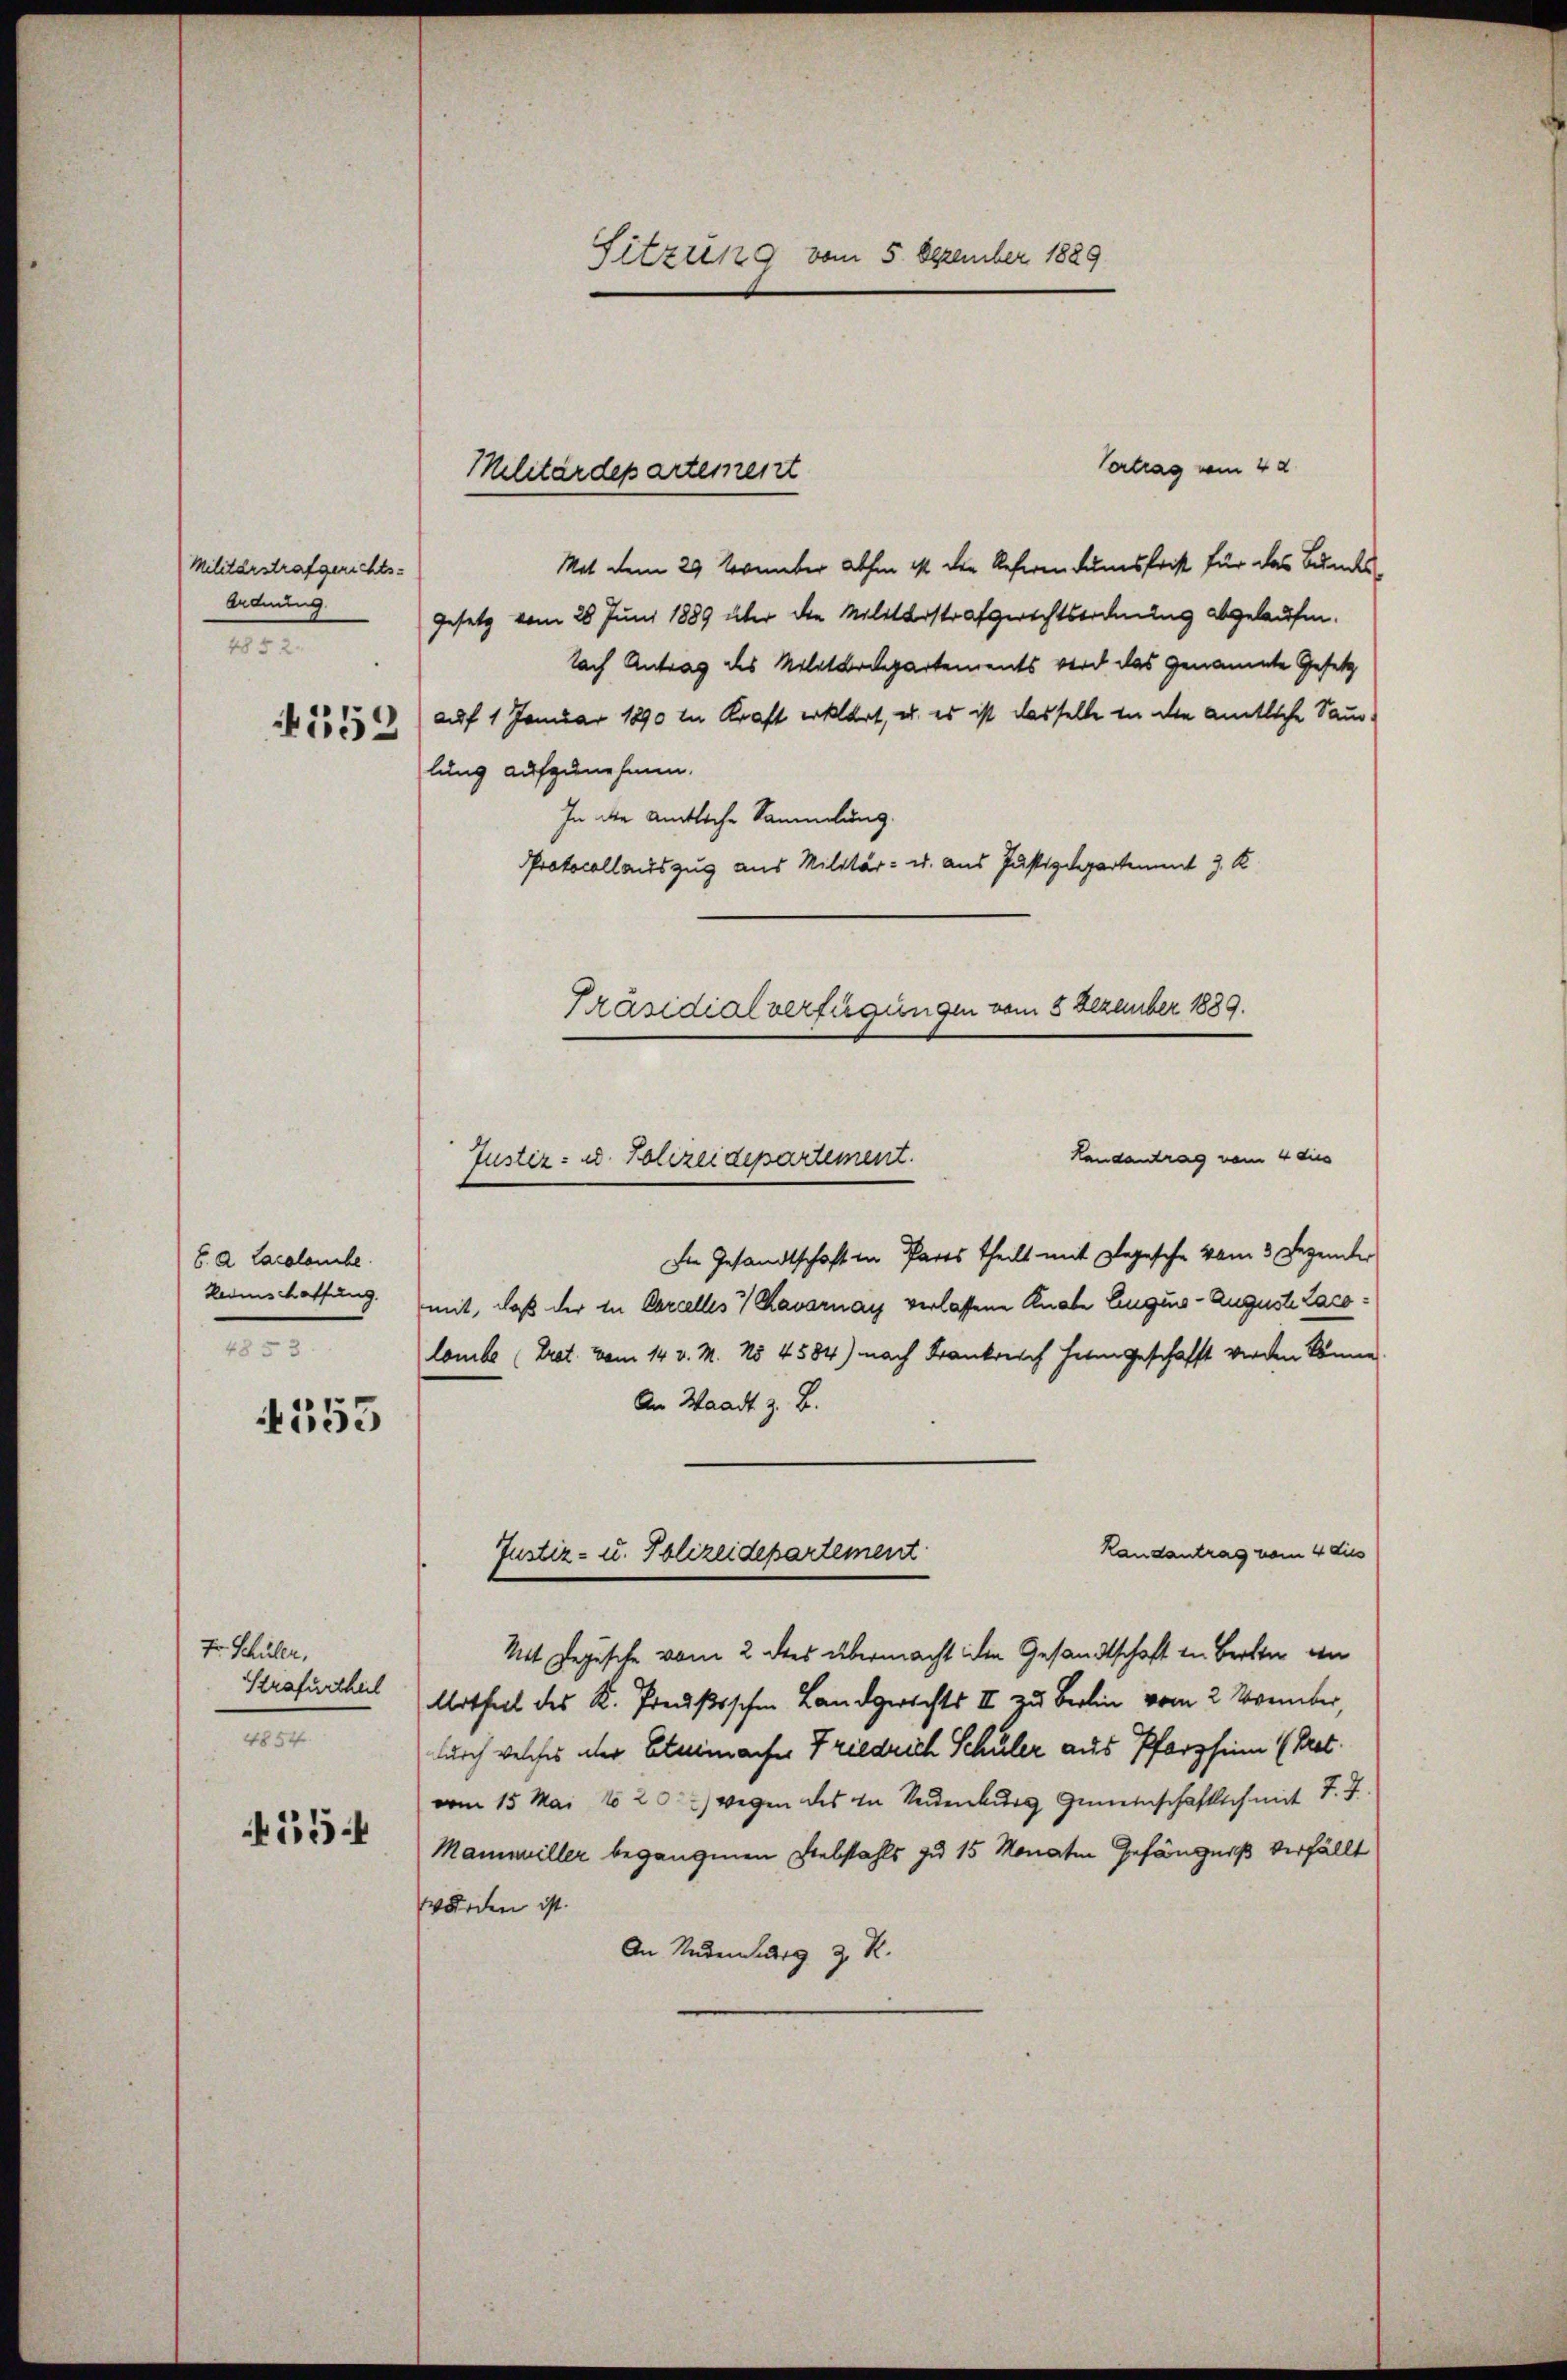
Militärstrafgerichts-
Ordnung
1

152

b. A. Lacalambe
Ledenschaffung
4853

553

554

Vertrag vom 4 d.
Mit dem 29. November abhin 1 der Referen kumsfrist für das Bundes
Gesetz vom 20 Juni 1889 über die Militärstrafgerichtsordnung abgelaufen.
lach Antrag des Militärdepartements wird das genannte Gesetz
auf 1 Januar 1890 in Kraft erklärt, u. es ist dasselbe in die amtliche Samm-
lung aufzunehmen.
In die amtliche Sammlung.
Protocollauszug aus Militär- u. aus Justizdepartement J. K
Präsidialverfügungen vom 5 Dezember 1889.
Landantrag vom 4 dies
Justiz- u. Polizeidepartement.

Fr. Schüler,
Strafurtheil
n

Sitzung vom 5. Dezember 1889

Militärdepartemeist

Die Gesandtschaft in Parts theilt mit gegesche vom 3. Dezember
mit, daß der in Parcelles & Kavarnay verlassene Knabe Eugens- Auguste Laco:
lombe (Trat. vom 14. v. M. No 4584) nach Frankreich heimgeschafft werden könne
An Waadt z. B.
Randantrag vom 4 dies
Mit Regische vom 2 des übermacht die Gesandtschaft in Berten an
Urtheil des K. Preußischen Landgerichts II zu Berlin vom 2. November
durch welches aber Etuimacher Friedrich Schuler aus Pforzheim (Gret.
vom 15. Mai 1820. 2) wegen des in Neuenburg Gemeinschaftlich mit 7. J
Manmnuiller begangenen Diebstahls zu 15 Monaten Gefängniß verfällt
wurden ist.
An Nudenberg z. K.

Justiz- u. Polizeidepartement